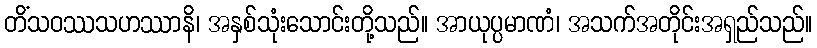
တိံသဝဿသဟဿာနိ၊ အနှစ်သုံးသောင်းတို့သည်။ အာယုပ္ပမာဏံ၊ အသက်အတိုင်းအရှည်သည်။